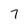
Character: 7